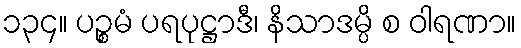
၁၃၄။ ပဉ္စမံ ပရပုဋ္ဌာဒီ၊ နိသာဒမ္ပိ စ ဝါရဏာ။